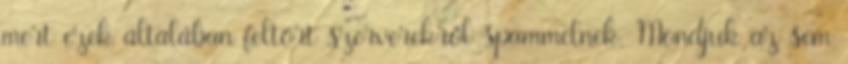
mert ezek általában feltört szerverekről spammelnek. Mondjuk az sem